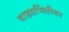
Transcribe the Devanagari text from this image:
बाहय़भिंतीवर